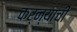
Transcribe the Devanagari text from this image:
कर्न्याची